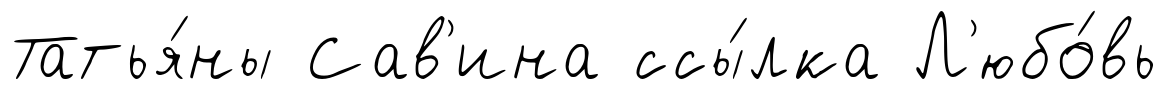
Татья́ны Сав'ина ссы́лка Л'юбо́вь